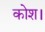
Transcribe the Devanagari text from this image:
कोश।